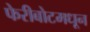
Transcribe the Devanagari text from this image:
फेरीबोटमधून